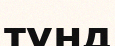
түнд